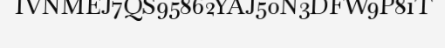
IVNMEJ7QS95862YAJ50N3DFW9P81T